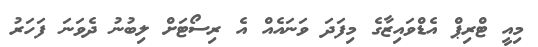
މިއީ ޓްރިޕް އެޑްވައިޒާގެ މިފަދަ ވަނައެއް އެ ރިސޯޓަށް ލިބުނު ދެވަނަ ފަހަރު